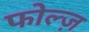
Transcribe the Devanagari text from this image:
फोल्ज़